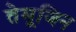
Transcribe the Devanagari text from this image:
तेमूजिन